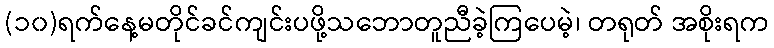
(၁၀)ရက်နေ့မတိုင်ခင်ကျင်းပဖို့သဘောတူညီခဲ့ကြပေမဲ့၊ တရုတ် အစိုးရက